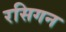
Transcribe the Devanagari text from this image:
रसिगन